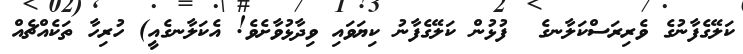
ކަލޭގެފާނުގެ ވެރިރަސްކަލާނގެ  ފުޅުން ކަލޭގެފާނު ކިޔަވައި ވިދާޅުވާށެވެ! އެކަލާނގެއީ) ހުރިހާ ތަކެއްޗެއް